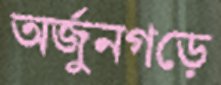
অর্জুনগড়ে